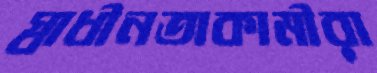
স্বাধীনতাকামীরা